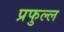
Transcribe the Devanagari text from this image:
प्रफुल्‍ल